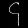
Digit: ၄